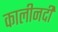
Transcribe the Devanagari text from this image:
कालीनदी